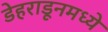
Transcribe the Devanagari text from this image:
डेहराडूनमध्ये